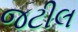
જટીલ